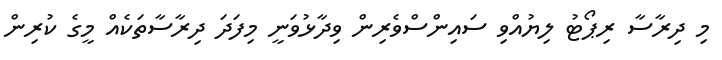
މި ދިރާސާ ރިޕޯޓު ލިޔުއްވި ސައިންސްވެރިން ވިދާޅުވަނީ މިފަދަ ދިރާސާތަކެއް މީގެ ކުރިން